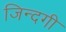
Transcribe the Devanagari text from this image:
जिन्‍दगी